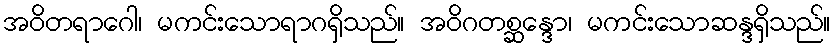
အဝိတရာဂေါ၊ မကင်းသောရာဂရှိသည်။ အဝိဂတစ္ဆန္ဒော၊ မကင်းသောဆန္ဒရှိသည်။